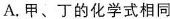
A.甲、丁的化学式相同